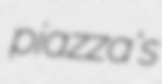
piazza's